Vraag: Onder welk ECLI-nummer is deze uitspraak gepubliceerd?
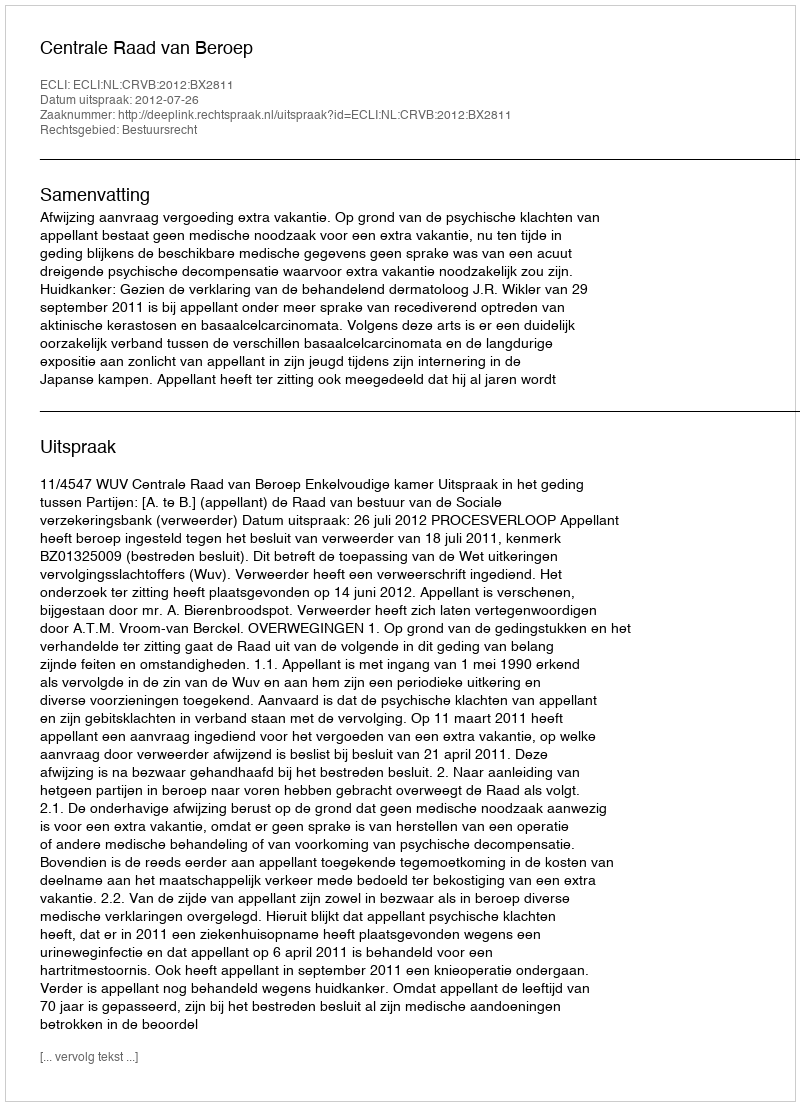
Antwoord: ECLI:NL:CRVB:2012:BX2811